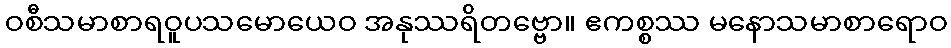
ဝစီသမာစာရဝူပသမောယေဝ အနုဿရိတဗ္ဗော။ ဧကစ္စဿ မနောသမာစာရောဝ